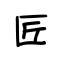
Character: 匠